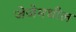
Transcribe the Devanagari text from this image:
जेजेमधील